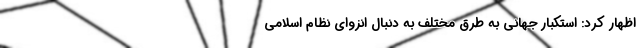
اظهار کرد: استکبار جهانی به طرق مختلف به دنبال انزوای نظام اسلامی